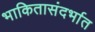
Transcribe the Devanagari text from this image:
भाकितासंदर्भात